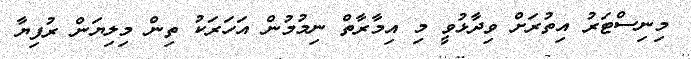
މިނިސްޓަރު އިތުރަށް ވިދާޅުވީ މި އިމާރާތް ނިމުމުން އަހަރަކު ތިން މިލިޔަން ރުފިޔާ